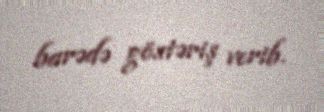
barədə göstəriş verib.